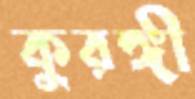
কুরঙ্গী